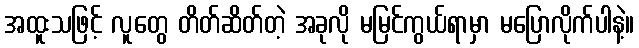
အထူးသဖြင့် လူတွေ တိတ်ဆိတ်တဲ့ အခုလို မမြင်ကွယ်ရာမှာ မပြောလိုက်ပါနဲ့။